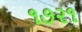
૧૭૨૧